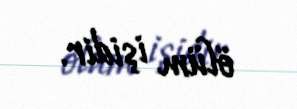
ölüm işidir.